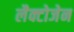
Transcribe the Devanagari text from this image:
लैक्टोजेन